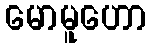
မောမူဟော